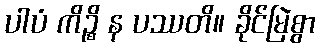
ပါပံ ကိဉ္စိ န ပဿတိ။ ခိုင်မြဲစွာ